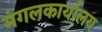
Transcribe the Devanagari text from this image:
मंगलकार्यालय